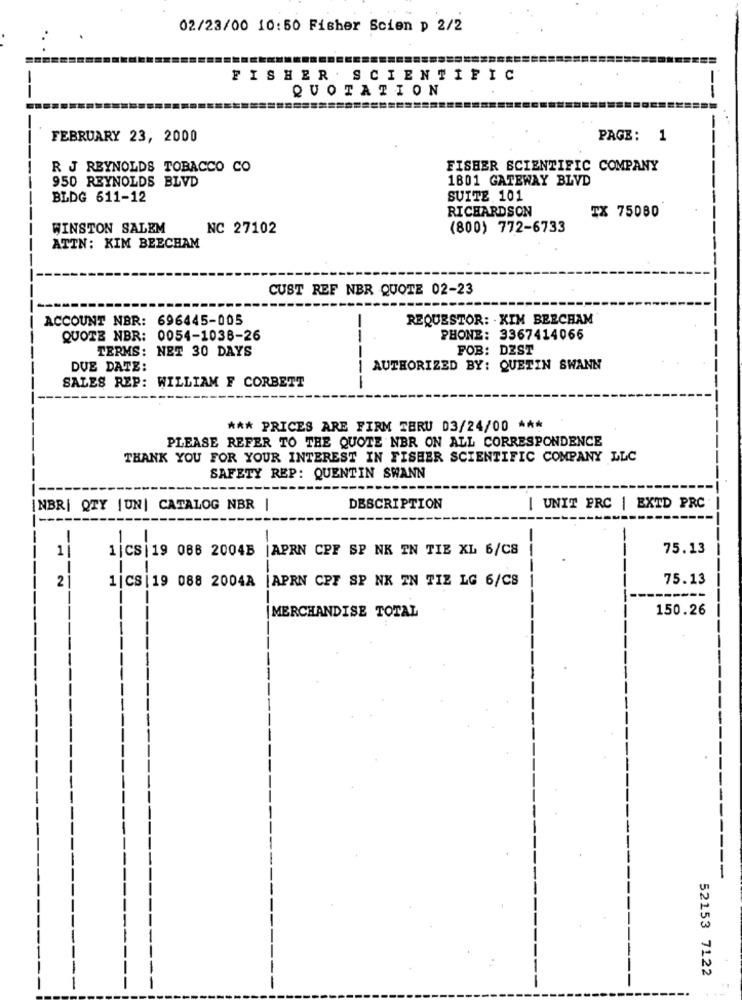
02/23/00 10:50 Fisher Scien p 2/2
FISHER SCIENTIFIC
QUOTATION
FEBRUARY 23, 2000
PAGE: 1
R J REYNOLDS TOBACCO CO
FISHER SCIENTIFIC COMPANY
950 REYNOLDS BLVD
1801 GATEWAY BLVD
BLDG 611-12
SUITE 101
RICHARDSON
TX 75080
WINSTON SALEM
NC 27102
(800) 772-6733
ATTN: KIM BEECHAM
CUST REF NBR QUOTE 02-23
ACCOUNT NBR: 696445-005
REQUESTOR: . KIM BEECHAM
QUOTE NBR: 0054-1036-26
PHONE: 3367414066
TERMS: NET 30 DAYS
FOB: DEST
DUE DATE:
AUTHORIZED BY: QUETIN SWANN
SALES REP: WILLIAM F CORBETT
*** PRICES ARE FIRM TERU 03/24/00 ***
PLEASE REFER TO THE QUOTE NBR ON ALL CORRESPONDENCE
THANK YOU FOR YOUR INTEREST IN FISHER SCIENTIFIC COMPANY LLC
SAFETY REP: QUENTIN SWANN
INBR| QTY |UN| CATALOG NBR |
DESCRIPTION
| UNIT PRC | EXTD PRC
-
1
1|CS | 19 086 2004B
JAPRN CPF SP NK TN TIE XL 6/CS
75.13
---
---
21
--
1 |CS | 19 088 2004A |APRN CPF SP NK TN TIZ LG 6/CS
75.13
MERCHANDISE TOTAL
150.26
52153 7122